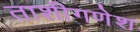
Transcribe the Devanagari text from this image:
ताशीगणेश